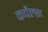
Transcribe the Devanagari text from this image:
कर्पेल्स